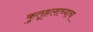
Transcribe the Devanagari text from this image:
कुतूहलाच्याच